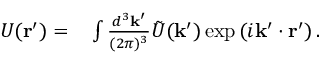
\begin{array} { r l } { U ( \mathbf { r } ^ { \prime } ) = } & { { } \int \frac { d ^ { 3 } \mathbf { k } ^ { \prime } } { ( 2 \pi ) ^ { 3 } } \tilde { U } ( \mathbf { k } ^ { \prime } ) \exp \left( i \mathbf { k } ^ { \prime } \cdot \mathbf { r } ^ { \prime } \right) . } \end{array}